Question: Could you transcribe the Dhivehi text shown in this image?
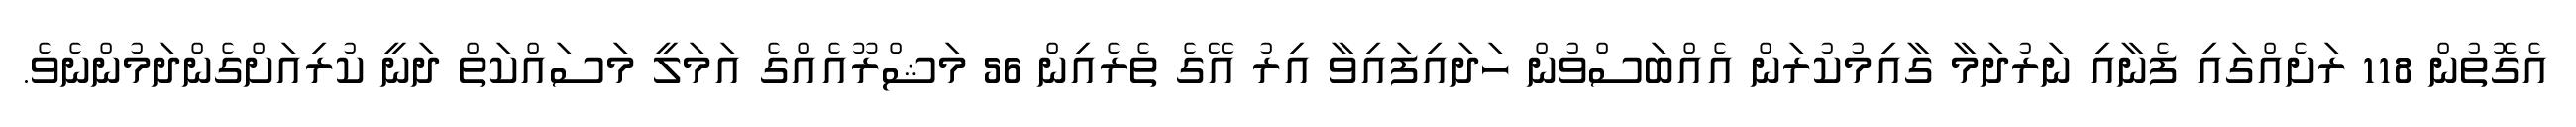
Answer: އެގޮތުން 118 ރަށެއްގައި ފެނާއި ނަރުދަމާ ގާއިމުކުރަން އެއްބަސްވުން ހަދައިފައިވާ އިރު އޭގެ ތެރެއިން 56 މަޝްރޫއެއްގެ އަމަލީ މަސައްކަތް ދަނީ ކުރިއަށްގެންދަމުންނެވެ.